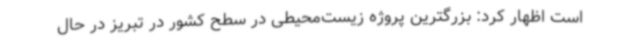
است اظهار کرد: بزرگترین پروژه زیست‌محیطی در سطح کشور در تبریز در حال